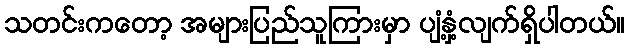
သတင်းကတော့ အများပြည်သူကြားမှာ ပျံ့နှံ့လျက်ရှိပါတယ်။